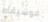
موسيقاه